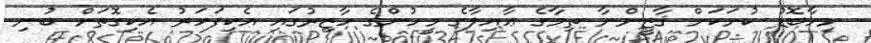
މިހާބޮޑު ކުށަކަށް ޤާޒީންނާ ތިމާގެ ޢާއިލާގެ މީހުންގެ ހާޒިރުގައި އެކިފަހަރު އެކިގޮތަށް ބުނި